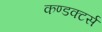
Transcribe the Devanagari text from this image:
कण्डक्टर्स